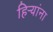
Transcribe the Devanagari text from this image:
हिऱ्यांना